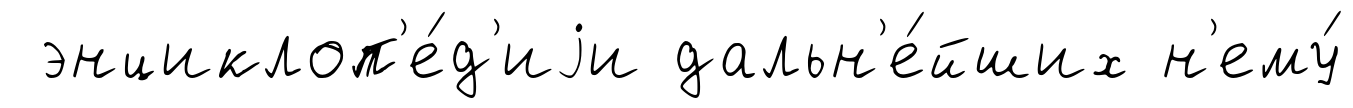
энциклоп'е́д'иjи дальн'е́йших н'ему́